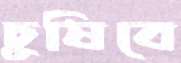
চুষিবে